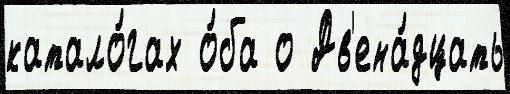
катало́гах о́ба о Дв'ена́дцать